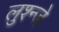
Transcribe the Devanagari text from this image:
लुश्न्जे